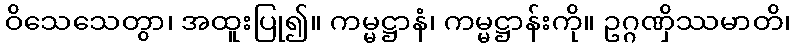
ဝိသေသေတွာ၊ အထူးပြု၍။ ကမ္မဋ္ဌာနံ၊ ကမ္မဋ္ဌာန်းကို။ ဥဂ္ဂဏှိဿမာတိ၊